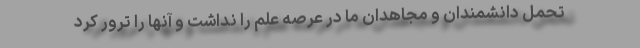
تحمل دانشمندان و مجاهدان ما در عرصه علم را نداشت و آنها را ترور کرد